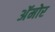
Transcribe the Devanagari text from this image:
अॅमोर